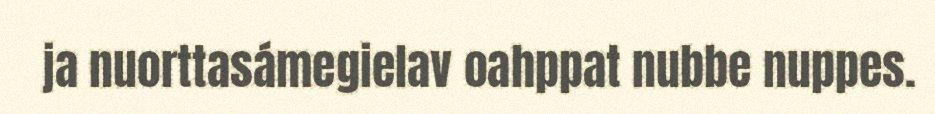
ja nuorttasámegielav oahppat nubbe nuppes.